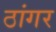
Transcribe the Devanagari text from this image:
ठांगर